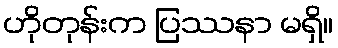
ဟိုတုန်းက ပြဿနာ မရှိ။